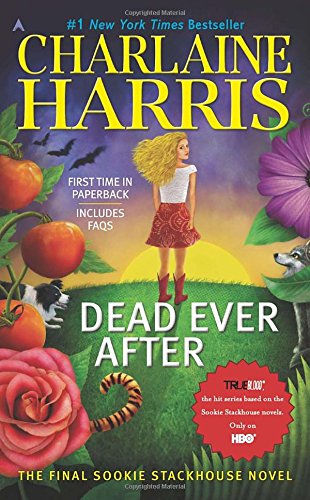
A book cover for Dead Ever After: A Sookie Stackhouse Novel (Sookie Stackhouse/True Blood); Charlaine Harris; Mystery, Thriller & Suspense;